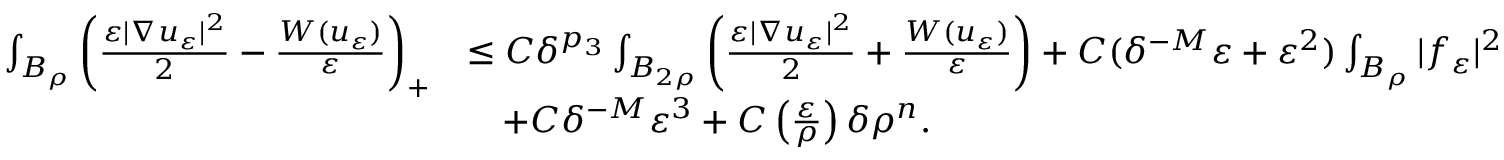
\begin{array} { r l } { \int _ { B _ { \rho } } \left( \frac { \varepsilon | \nabla u _ { \varepsilon } | ^ { 2 } } { 2 } - \frac { W ( u _ { \varepsilon } ) } { \varepsilon } \right) _ { + } } & { \leq C \delta ^ { p _ { 3 } } \int _ { B _ { 2 \rho } } \left( \frac { \varepsilon | \nabla u _ { \varepsilon } | ^ { 2 } } { 2 } + \frac { W ( u _ { \varepsilon } ) } { \varepsilon } \right) + C ( \delta ^ { - M } \varepsilon + \varepsilon ^ { 2 } ) \int _ { B _ { \rho } } | f _ { \varepsilon } | ^ { 2 } } \\ & { \quad + C \delta ^ { - M } \varepsilon ^ { 3 } + C \left( \frac { \varepsilon } { \rho } \right) \delta \rho ^ { n } . } \end{array}